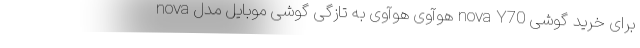
برای خرید گوشی nova Y70 هوآوی هوآوی به تازگی گوشی موبایل مدل nova